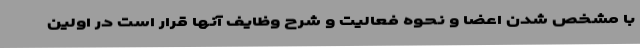
با مشخص شدن اعضا و نحوه فعالیت و شرح وظایف آنها قرار است در اولین